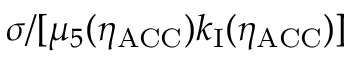
\sigma / [ \mu _ { 5 } ( \eta _ { \mathrm { A C C } } ) k _ { \mathrm { I } } ( \eta _ { \mathrm { A C C } } ) ]